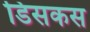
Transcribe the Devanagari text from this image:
डिसकस